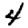
Digit: 4